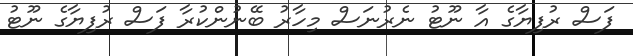
ފަސް ރުފިޔާގެ އާ ނޫޓު ނެރުނަސް މިހާރު ބޭނުންކުރާ ފަސް ރުފިޔާގެ ނޫޓު